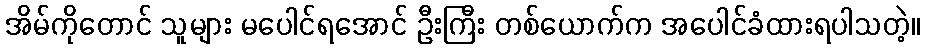
အိမ်ကိုတောင် သူများ မပေါင်ရအောင် ဦးကြီး တစ်ယောက်က အပေါင်ခံထားရပါသတဲ့။